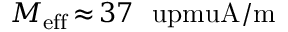
M _ { \mathrm { e f f } } \, { \approx } \, 3 7 ~ \mathrm { \ u p m u A / m }